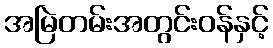
အမြဲတမ်းအတွင်းဝန်နှင့်